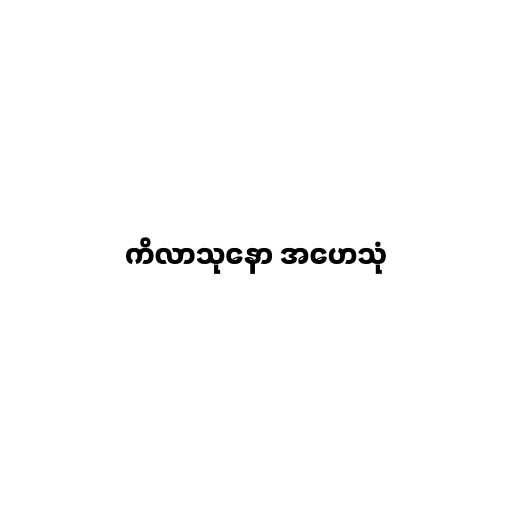
ကိလာသုနော အဟေသုံ